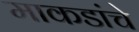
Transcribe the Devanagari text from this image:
माकडांचे